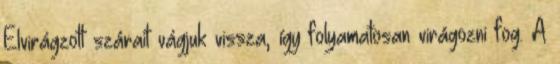
Elvirágzott szárait vágjuk vissza, így folyamatosan virágozni fog. A